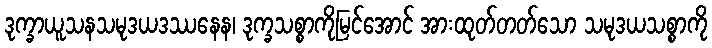
ဒုက္ခာယူသနသမုဒယဒဿနေန၊ ဒုက္ခသစ္စာကိုမြင်အောင် အားထုတ်တတ်သော သမုဒယသစ္စာကို